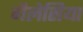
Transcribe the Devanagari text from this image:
गैलेसिया